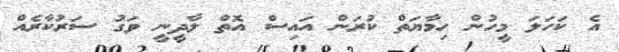
އެ ކަހަލަ މީހުން ހިމާޔަތް ކުރަން އައިސް އޮތް ލާދީނީ ވަގު ސަރުކާރެއް